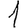
Digit: 1